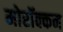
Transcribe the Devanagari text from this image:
मोरॉक्कन